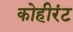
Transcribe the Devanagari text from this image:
कोहीरंट